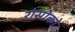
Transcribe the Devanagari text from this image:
रोसोको